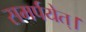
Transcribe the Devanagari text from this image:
समर्पयेत्।